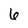
Character: 6